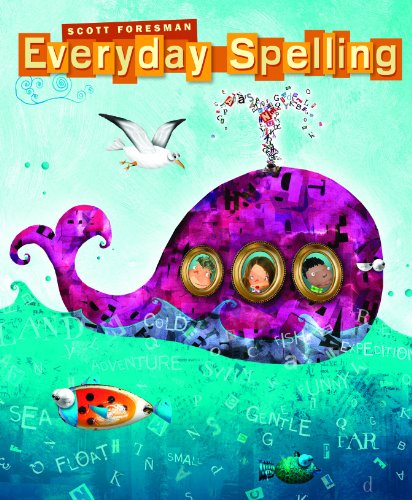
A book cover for Everyday SPELLING 2008 STUDENT EDITION CONSUMABLE GRADE 3; Scott Foresman; Reference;